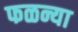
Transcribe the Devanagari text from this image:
फळन्या